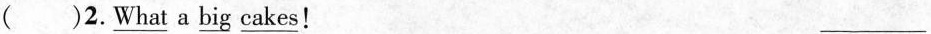
（）2.\underline{what} a \underline{big} \underline{cakes}！